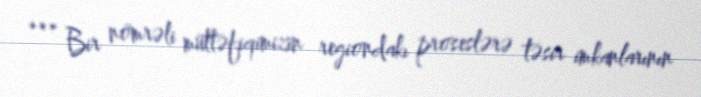
*** Bir nömrəli müttəfiqimizin regiondakı proseslərə təsir imkanlarının